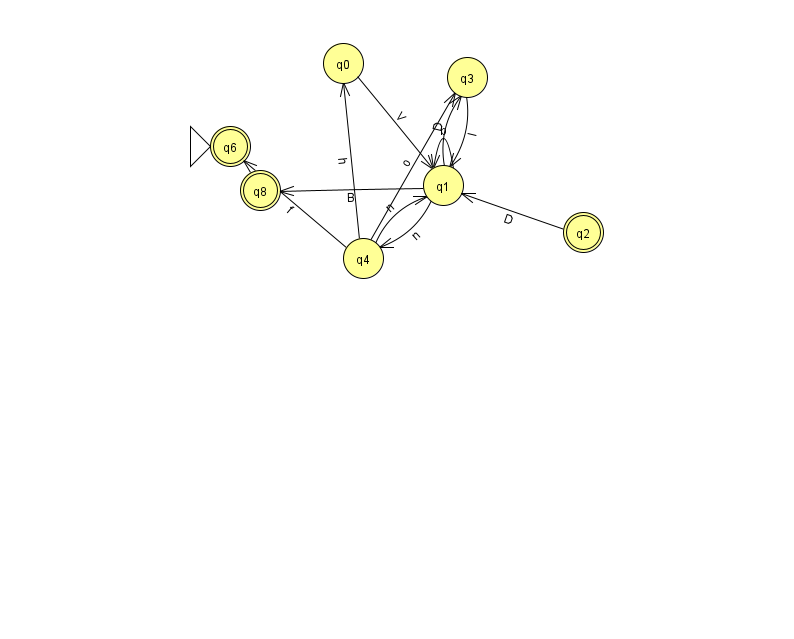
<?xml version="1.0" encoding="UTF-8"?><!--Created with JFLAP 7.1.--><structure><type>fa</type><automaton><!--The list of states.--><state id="0" name="q0"><x>343.0</x><y>50.0</y></state><state id="1" name="q1"><x>443.0</x><y>172.0</y></state><state id="2" name="q2"><x>583.0</x><y>219.0</y><final/></state><state id="3" name="q3"><x>467.0</x><y>64.0</y></state><state id="4" name="q4"><x>363.0</x><y>245.0</y></state><state id="6" name="q6"><x>230.0</x><y>133.0</y><initial/><final/></state><state id="8" name="q8"><x>260.0</x><y>177.0</y><final/></state><!--The list of transitions.--><transition><from>2</from><to>1</to><read>D</read></transition><transition><from>1</from><to>1</to><read>b</read></transition><transition><from>1</from><to>3</to><read>D</read></transition><transition><from>4</from><to>6</to><read>f</read></transition><transition><from>0</from><to>1</to><read>V</read></transition><transition><from>1</from><to>4</to><read>n</read></transition><transition><from>4</from><to>1</to><read>n</read></transition><transition><from>3</from><to>1</to><read>I</read></transition><transition><from>1</from><to>8</to><read>B</read></transition><transition><from>4</from><to>0</to><read>h</read></transition><transition><from>4</from><to>3</to><read>o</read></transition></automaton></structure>